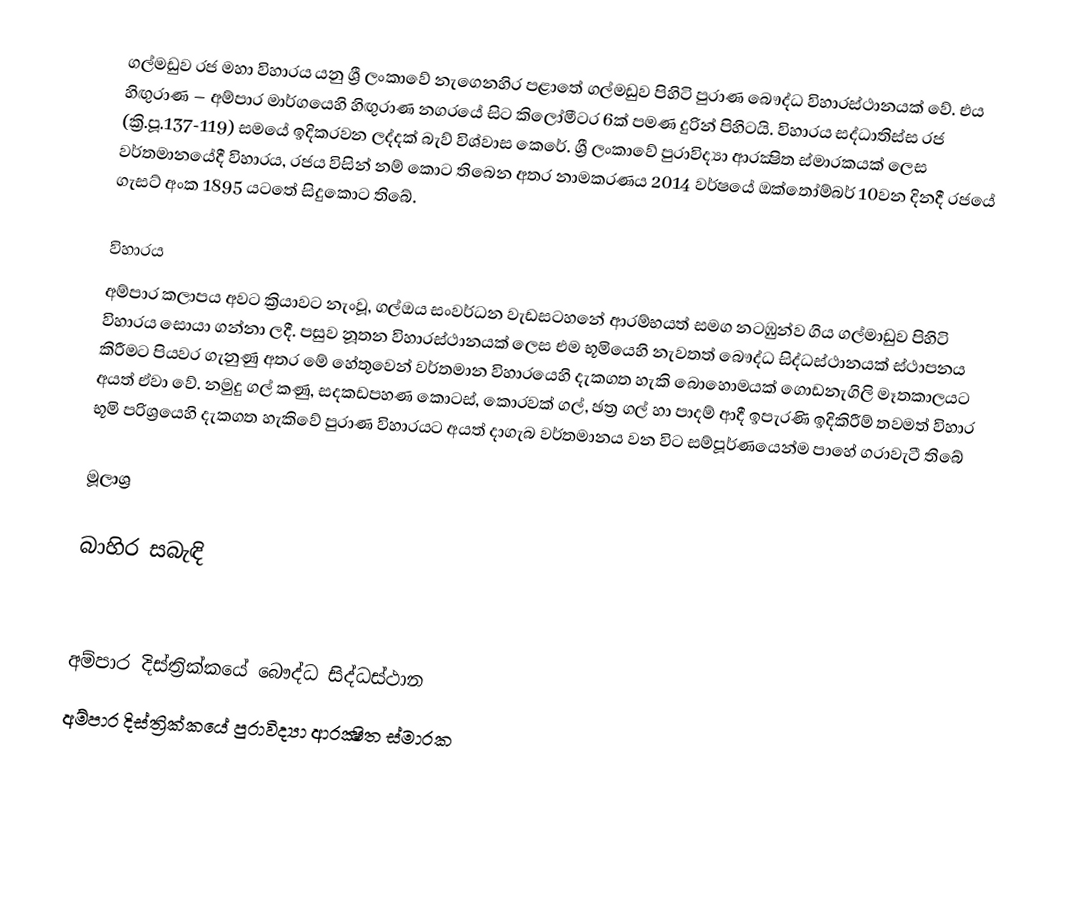
ගල්මඩුව රජ මහා විහාරය යනු ශ්‍රී ලංකාවේ නැගෙනහිර පළාතේ ගල්මඩුව පිහිටි පුරාණ බෞද්ධ විහාරස්ථානයක් වේ. එය හිඟුරාණ – අම්පාර මාර්ගයෙහි හිඟුරාණ නගරයේ සිට කිලෝමීටර 6ක් පමණ දුරින් පිහිටයි. විහාරය සද්ධාතිස්ස රජ (ක්‍රි.පූ.137-119) සමයේ ඉදිකරවන ලද්දක් බැව් විශ්වාස කෙරේ. ශ්‍රී ලංකාවේ පුරාවිද්‍යා ආරක්‍ෂිත ස්මාරකයක් ලෙස වර්තමානයේදී විහාරය, රජය විසින් නම් කොට තිබෙන අතර නාමකරණය 2014 වර්ෂයේ ඔක්තෝම්බර් 10වන දිනදී රජයේ ගැසට් අංක 1895 යටතේ සිදුකොට තිබේ.

විහාරය
අම්පාර කලාපය අවට ක්‍රියාවට නැංවූ, ගල්ඔය සංවර්ධන වැඩසටහනේ ආරම්භයත් සමග නටඹුන්ව ගිය ගල්මාඩුව පිහිටි විහාරය සොයා ගන්නා ලදී. පසුව නූතන විහාරස්ථානයක් ලෙස එම භූමියෙහි නැවතත් බෞද්ධ සිද්ධස්ථානයක් ස්ථාපනය කිරීමට පියවර ගැනුණු අතර මේ හේතුවෙන් වර්තමාන විහාරයෙහි දැකගත හැකි බොහොමයක් ගොඩනැගිලි මෑතකාලයට අයත් ඒවා වේ. නමුදු ගල් කණු, සදකඩපහණ කොටස්, කොරවක් ගල්, ඡත්‍ර ගල් හා පාදම් ආදී ඉපැරණි ඉදිකිරීම් තවමත් විහාර භූමි පරිශ්‍රයෙහි දැකගත හැකිවේ පුරාණ විහාරයට අයත් දාගැබ වර්තමානය වන විට සම්පූර්ණයෙන්ම පාහේ ගරාවැටී තිබේ

මූලාශ්‍ර

බාහිර සබැඳි

අම්පාර දිස්ත්‍රික්කයේ බෞද්ධ සිද්ධස්ථාන
අම්පාර දිස්ත්‍රික්කයේ පුරාවිද්‍යා ආරක්‍ෂිත ස්මාරක